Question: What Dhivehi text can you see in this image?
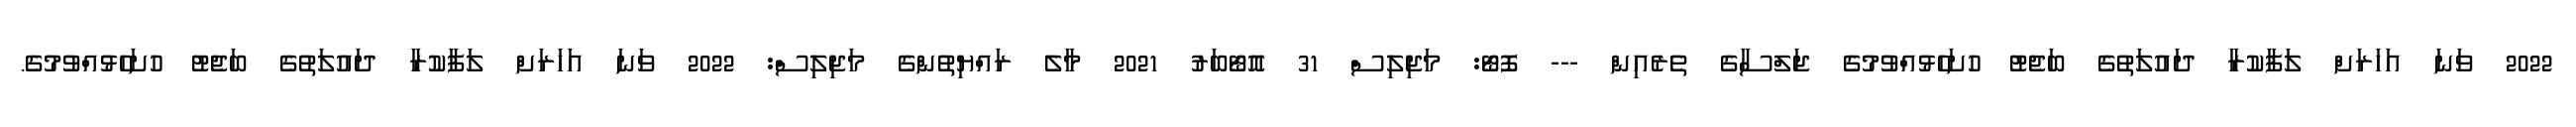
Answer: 2022 ވަނަ އަހަރަށް ލަފާކުރާ ދައުލަތުގެ ބަޖެޓު ހުށަހެޅުއްވުމުގެ ޖަލްސާގެ ތެރެއިން --- ފޮޓޯ: މަޖިލިސް 31 އޮޓޯބަރު 2021 މާލެ ރައްޔިތުންގެ މަޖިލިސް: 2022 ވަނަ އަހަރަށް ލަފާކުރާ ދައުލަތުގެ ބަޖެޓު ހުށަހެޅުއްވުމުގެ.